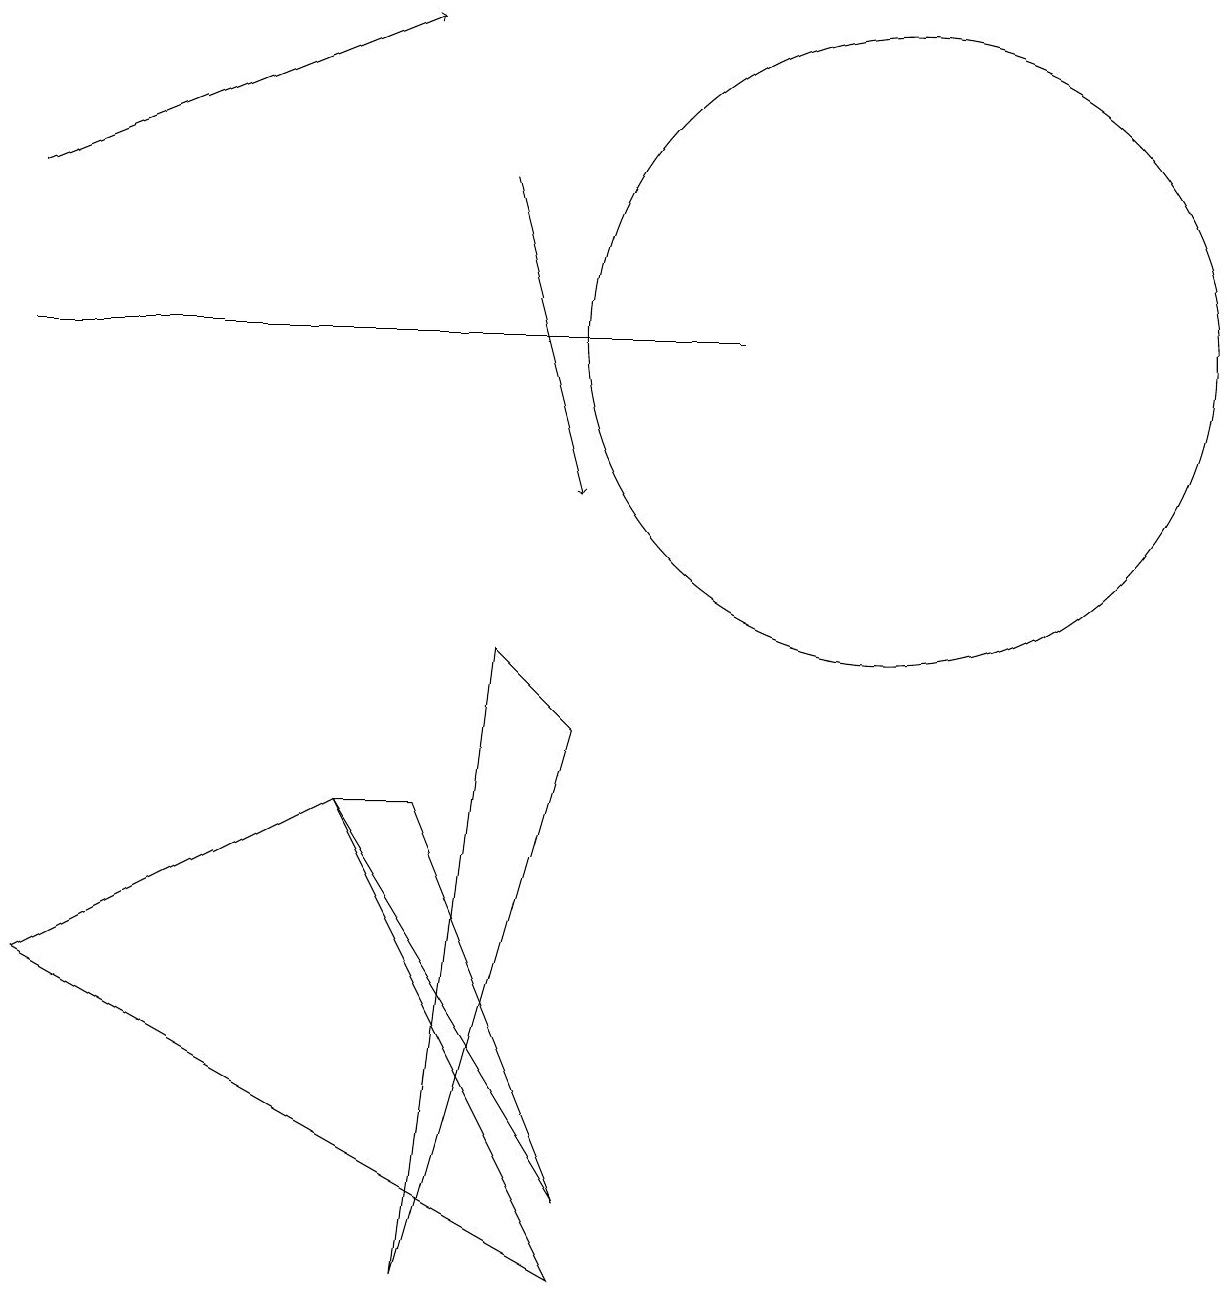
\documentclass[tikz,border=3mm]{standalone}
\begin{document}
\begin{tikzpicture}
\draw (0,12) rectangle (9,12);
\draw[->] (6,14) -- (7,10);
\draw (5,0) -- (7,7) -- (6,8) -- cycle;
\draw (4,6) -- (5,6) -- (7,1) -- cycle;
\draw (4,6) -- (0,4) -- (7,0) -- cycle;
\draw[->] (0,14) -- (5,16);
\draw (11,12) circle (4);
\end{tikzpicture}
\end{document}